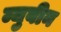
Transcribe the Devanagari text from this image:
म्युबीन